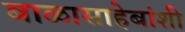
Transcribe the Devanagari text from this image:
बाळासाहेबांशी